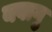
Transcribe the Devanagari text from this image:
यवागु